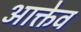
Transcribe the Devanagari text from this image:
आक्तेव